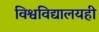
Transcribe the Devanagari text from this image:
विश्वविद्यालयही